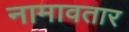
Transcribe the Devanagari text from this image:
नामावतार